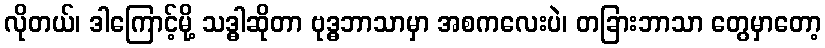
လိုတယ်၊ ဒါကြောင့်မို့ သဒ္ဓါဆိုတာ ဗုဒ္ဓဘာသာမှာ အစကလေးပဲ၊ တခြားဘာသာ တွေမှာတော့